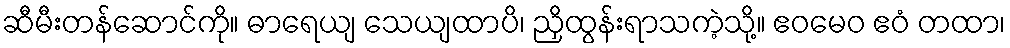
ဆီမီးတန်ဆောင်ကို။ ဓာရေယျ သေယျထာပိ၊ ညှိထွန်းရာသကဲ့သို့။ ဧဝမေဝ ဧဝံ တထာ၊